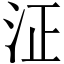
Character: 泟